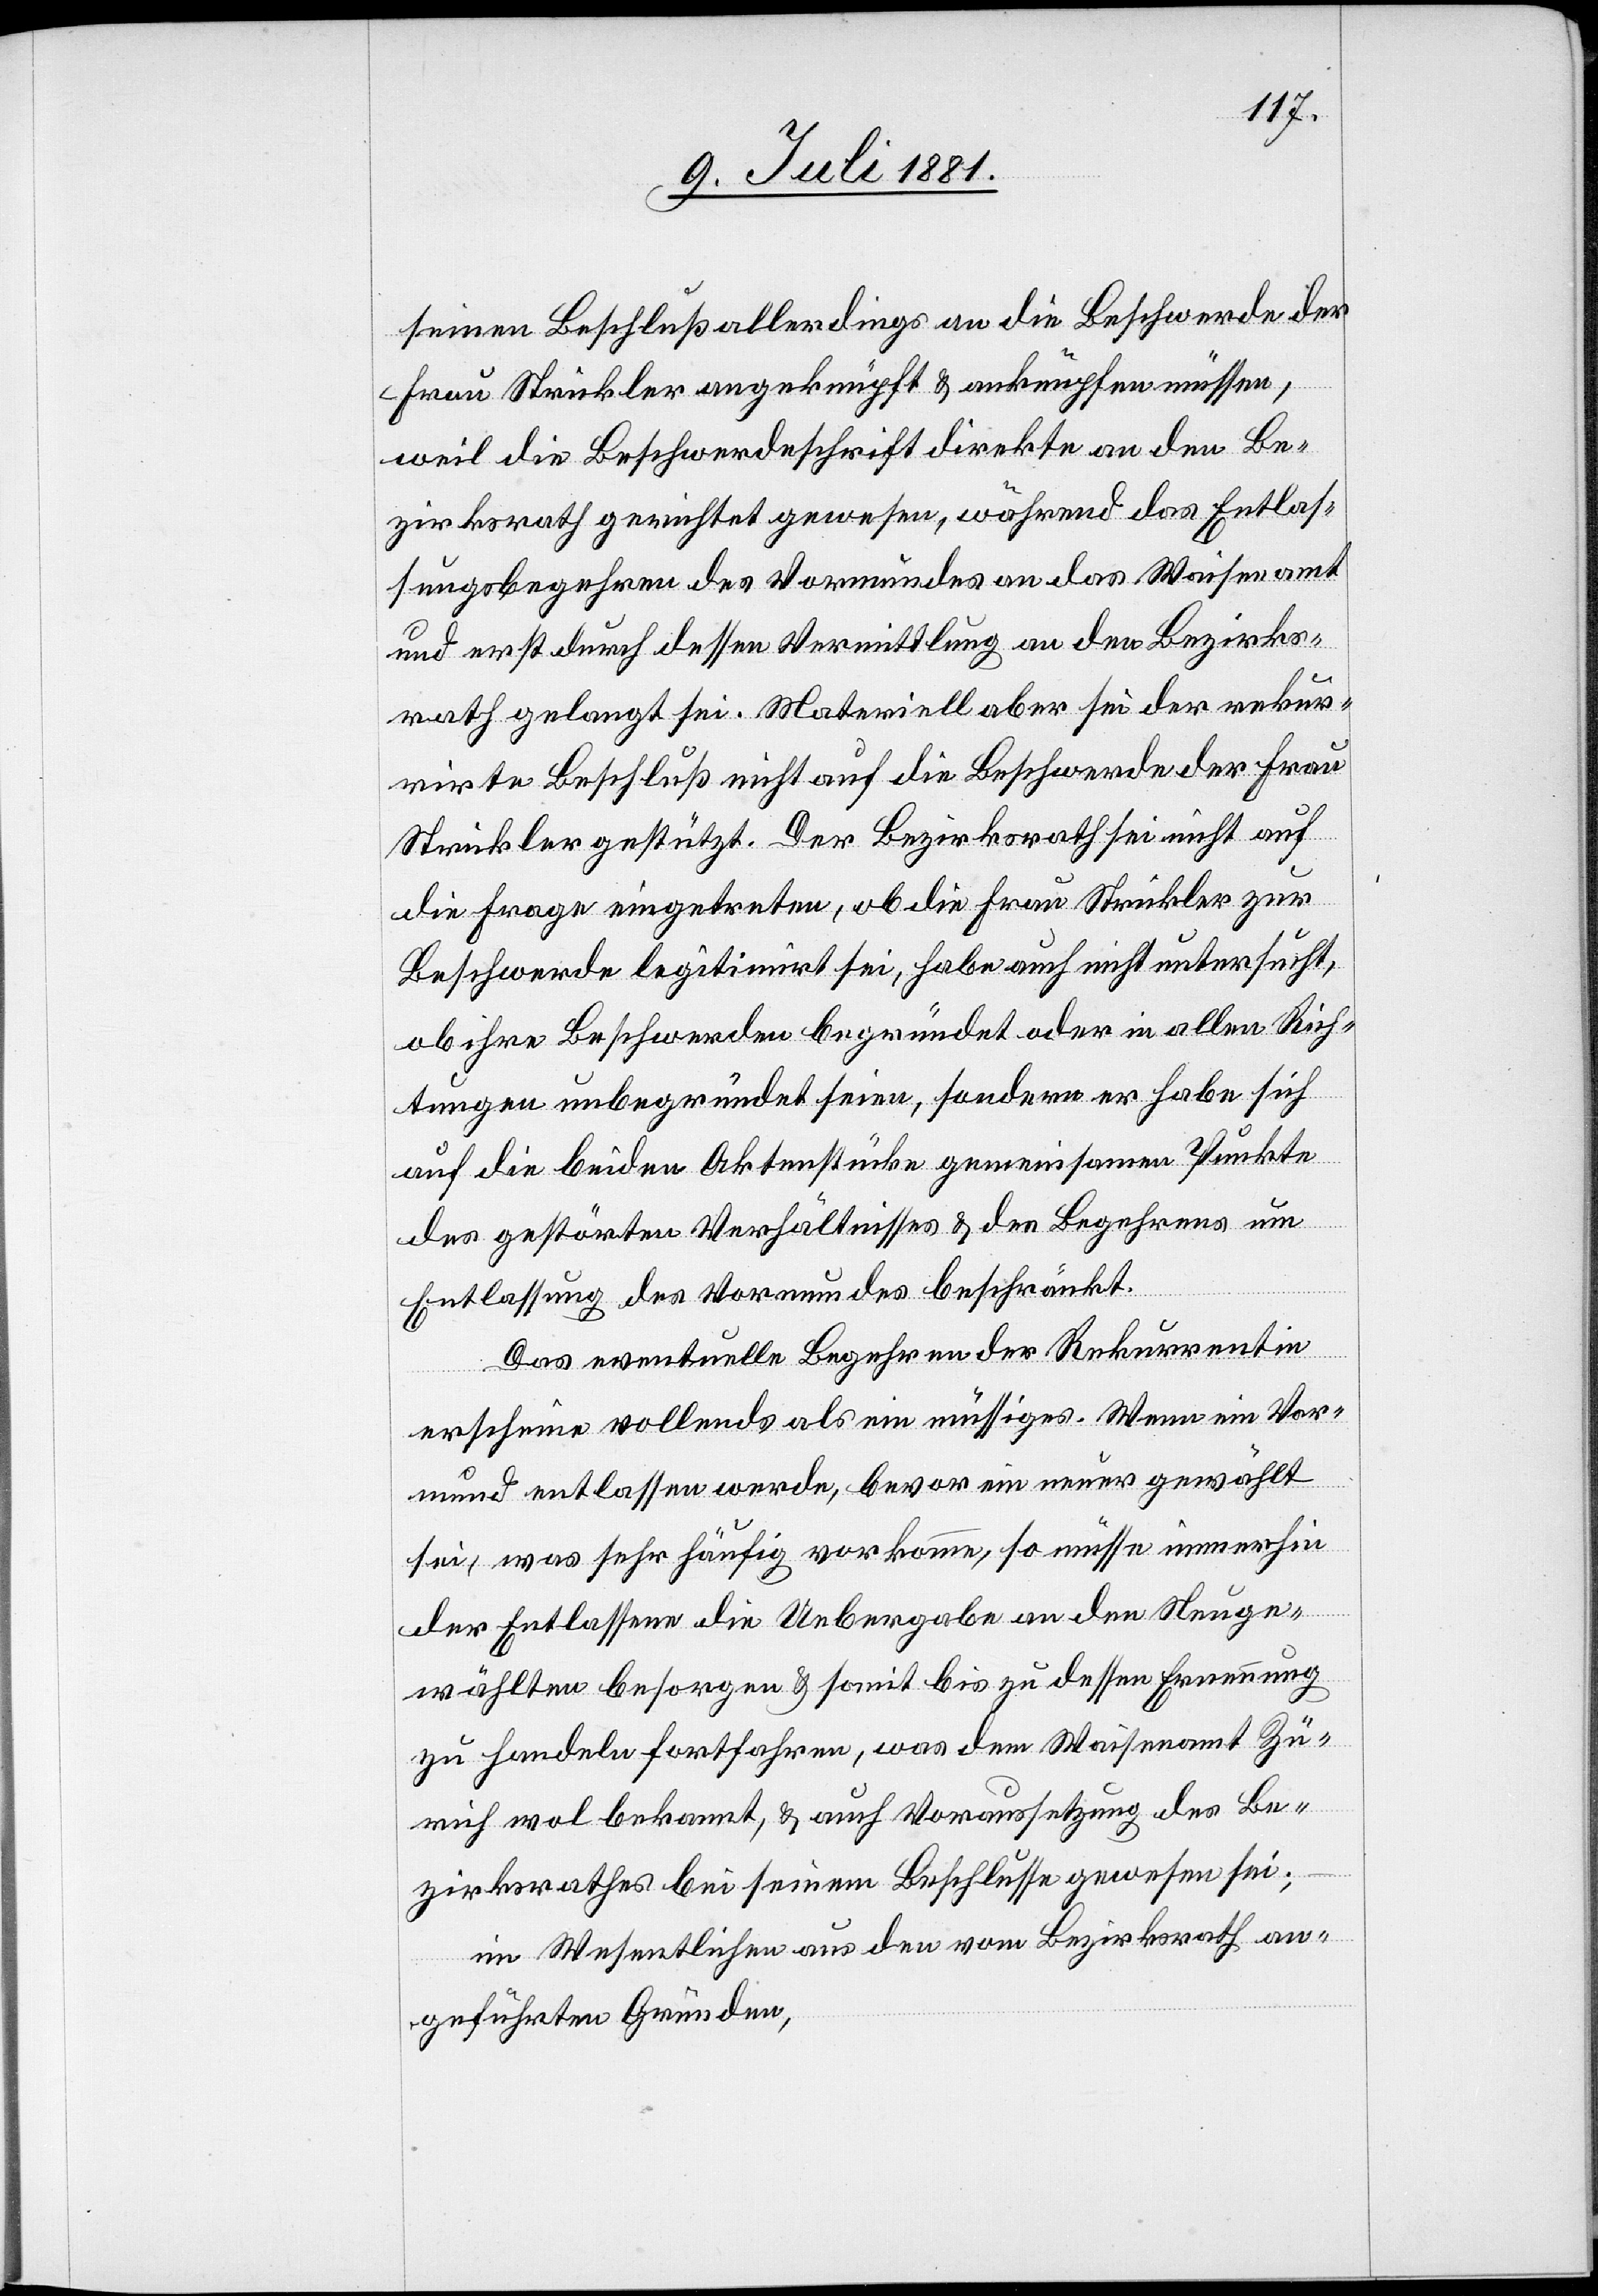
seinen Beschluß allerdings an die Beschwerde der
Frau Strickler angeknüpft & anknüpfen müssen,
weil die Beschwerdeschrift direkte an den Be¬
zirksrath gerichtet gewesen, während das Entlas¬
sungsbegehren des Vormundes an das Waisenamt
und erst durch dessen Vermittlung an den Bezirks¬
rath gelangt sei. Materiell aber sei der rekur¬
rirte Beschluß nicht auf die Beschwerde der Frau
Strickler gestützt. Der Bezirksrath sei nicht auf
die Frage eingetreten, ob die Frau Strickler zur
Beschwerde legitimirt sei, habe auch nicht untersucht,
ob ihre Beschwerde begründet oder in allen Rich¬
tungen unbegründet seien [sic!], sondern er habe sich
auf die beiden Aktenstücke gemeinsamen Punkte
des gestörten Verhältnisses & des Begehrens um
Entlassung des Vormundes beschränkt.
Das eventuelle Begehren der Rekurrentin
erscheine vollends als ein müssiges. Wenn ein Vor¬
mund entlassen werde, bevor ein neuer gewählt
sei, was sehr häufig vorkomme, so müsse immerhin
der Entlassene die Uebergabe an den Neuge¬
wählten besorgen & somit bis zu dessen Ernennung
zu handeln fortfahren, was dem Waisenamt Zü¬
rich wol bekannt, & auch Voraussetzung des Be¬
zirksrathes bei seinem Beschlusse gewesen sei;
im Wesentlichen aus den vom Bezirksrath an¬
geführten Gründen,